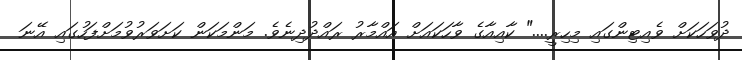
ދުވަހަކަށް ވެއިޓިންގައި މިހިރީ...." ކާއިއާގެ ވާހަކައަށް އައްމާރު ރައްދުދިނެވެ. މަންމަކަން ކަށަވަރުވުމަށްފަހުގައި އޭނަ